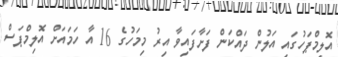
އޮލިމްޕަހުގައި އަލުން ދައްކަން ފަށާފައިވާ އިރު މިމަހުގެ 16 އާ ހަމައަށް އޮލިމްޕަސް